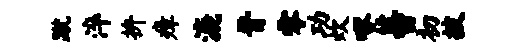
蹴淬拚瘴漉晋零功炊啄蕃初披